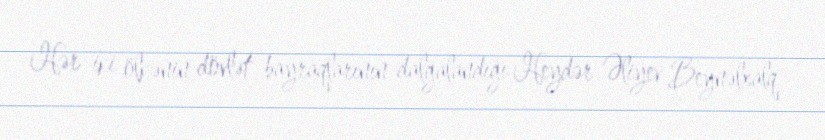
Hər iki ölkənin dövlət bayraqlarının dalğalandığı Heydər Əliyev Beynəlxalq